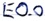
Text: E0.0